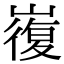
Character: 㠅